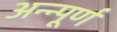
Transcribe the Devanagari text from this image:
अन्न्पूर्ण